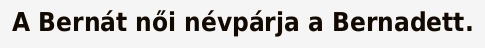
A Bernát női névpárja a Bernadett.